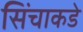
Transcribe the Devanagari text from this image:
सिंचाकडे